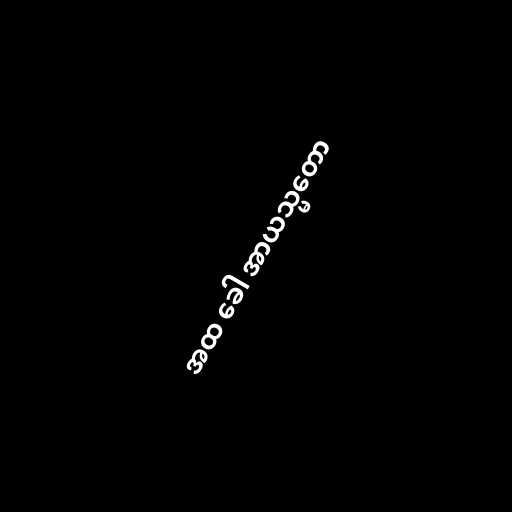
အထ ခေါ အာယသ္မတော